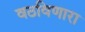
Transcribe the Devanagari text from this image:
वठविणारा